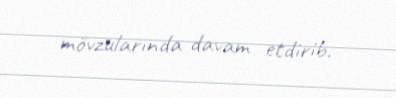
mövzularında davam etdirib.